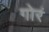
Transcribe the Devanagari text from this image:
गोरं